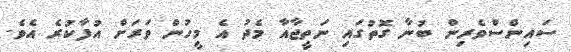
ސައިންސްވެރިން ބުނާ ގޮތުގައި ނަތީޖާއާ މެދު އެ މީހުން ވަރަށް އުފާކުރެ އެވެ.